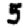
Digit: 5